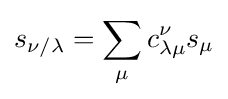
s_{\nu /\lambda }=\sum _{\mu }c_{\lambda \mu }^{\nu }s_{\mu }